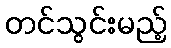
တင်သွင်းမည့်